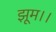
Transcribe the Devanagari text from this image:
झूम।।